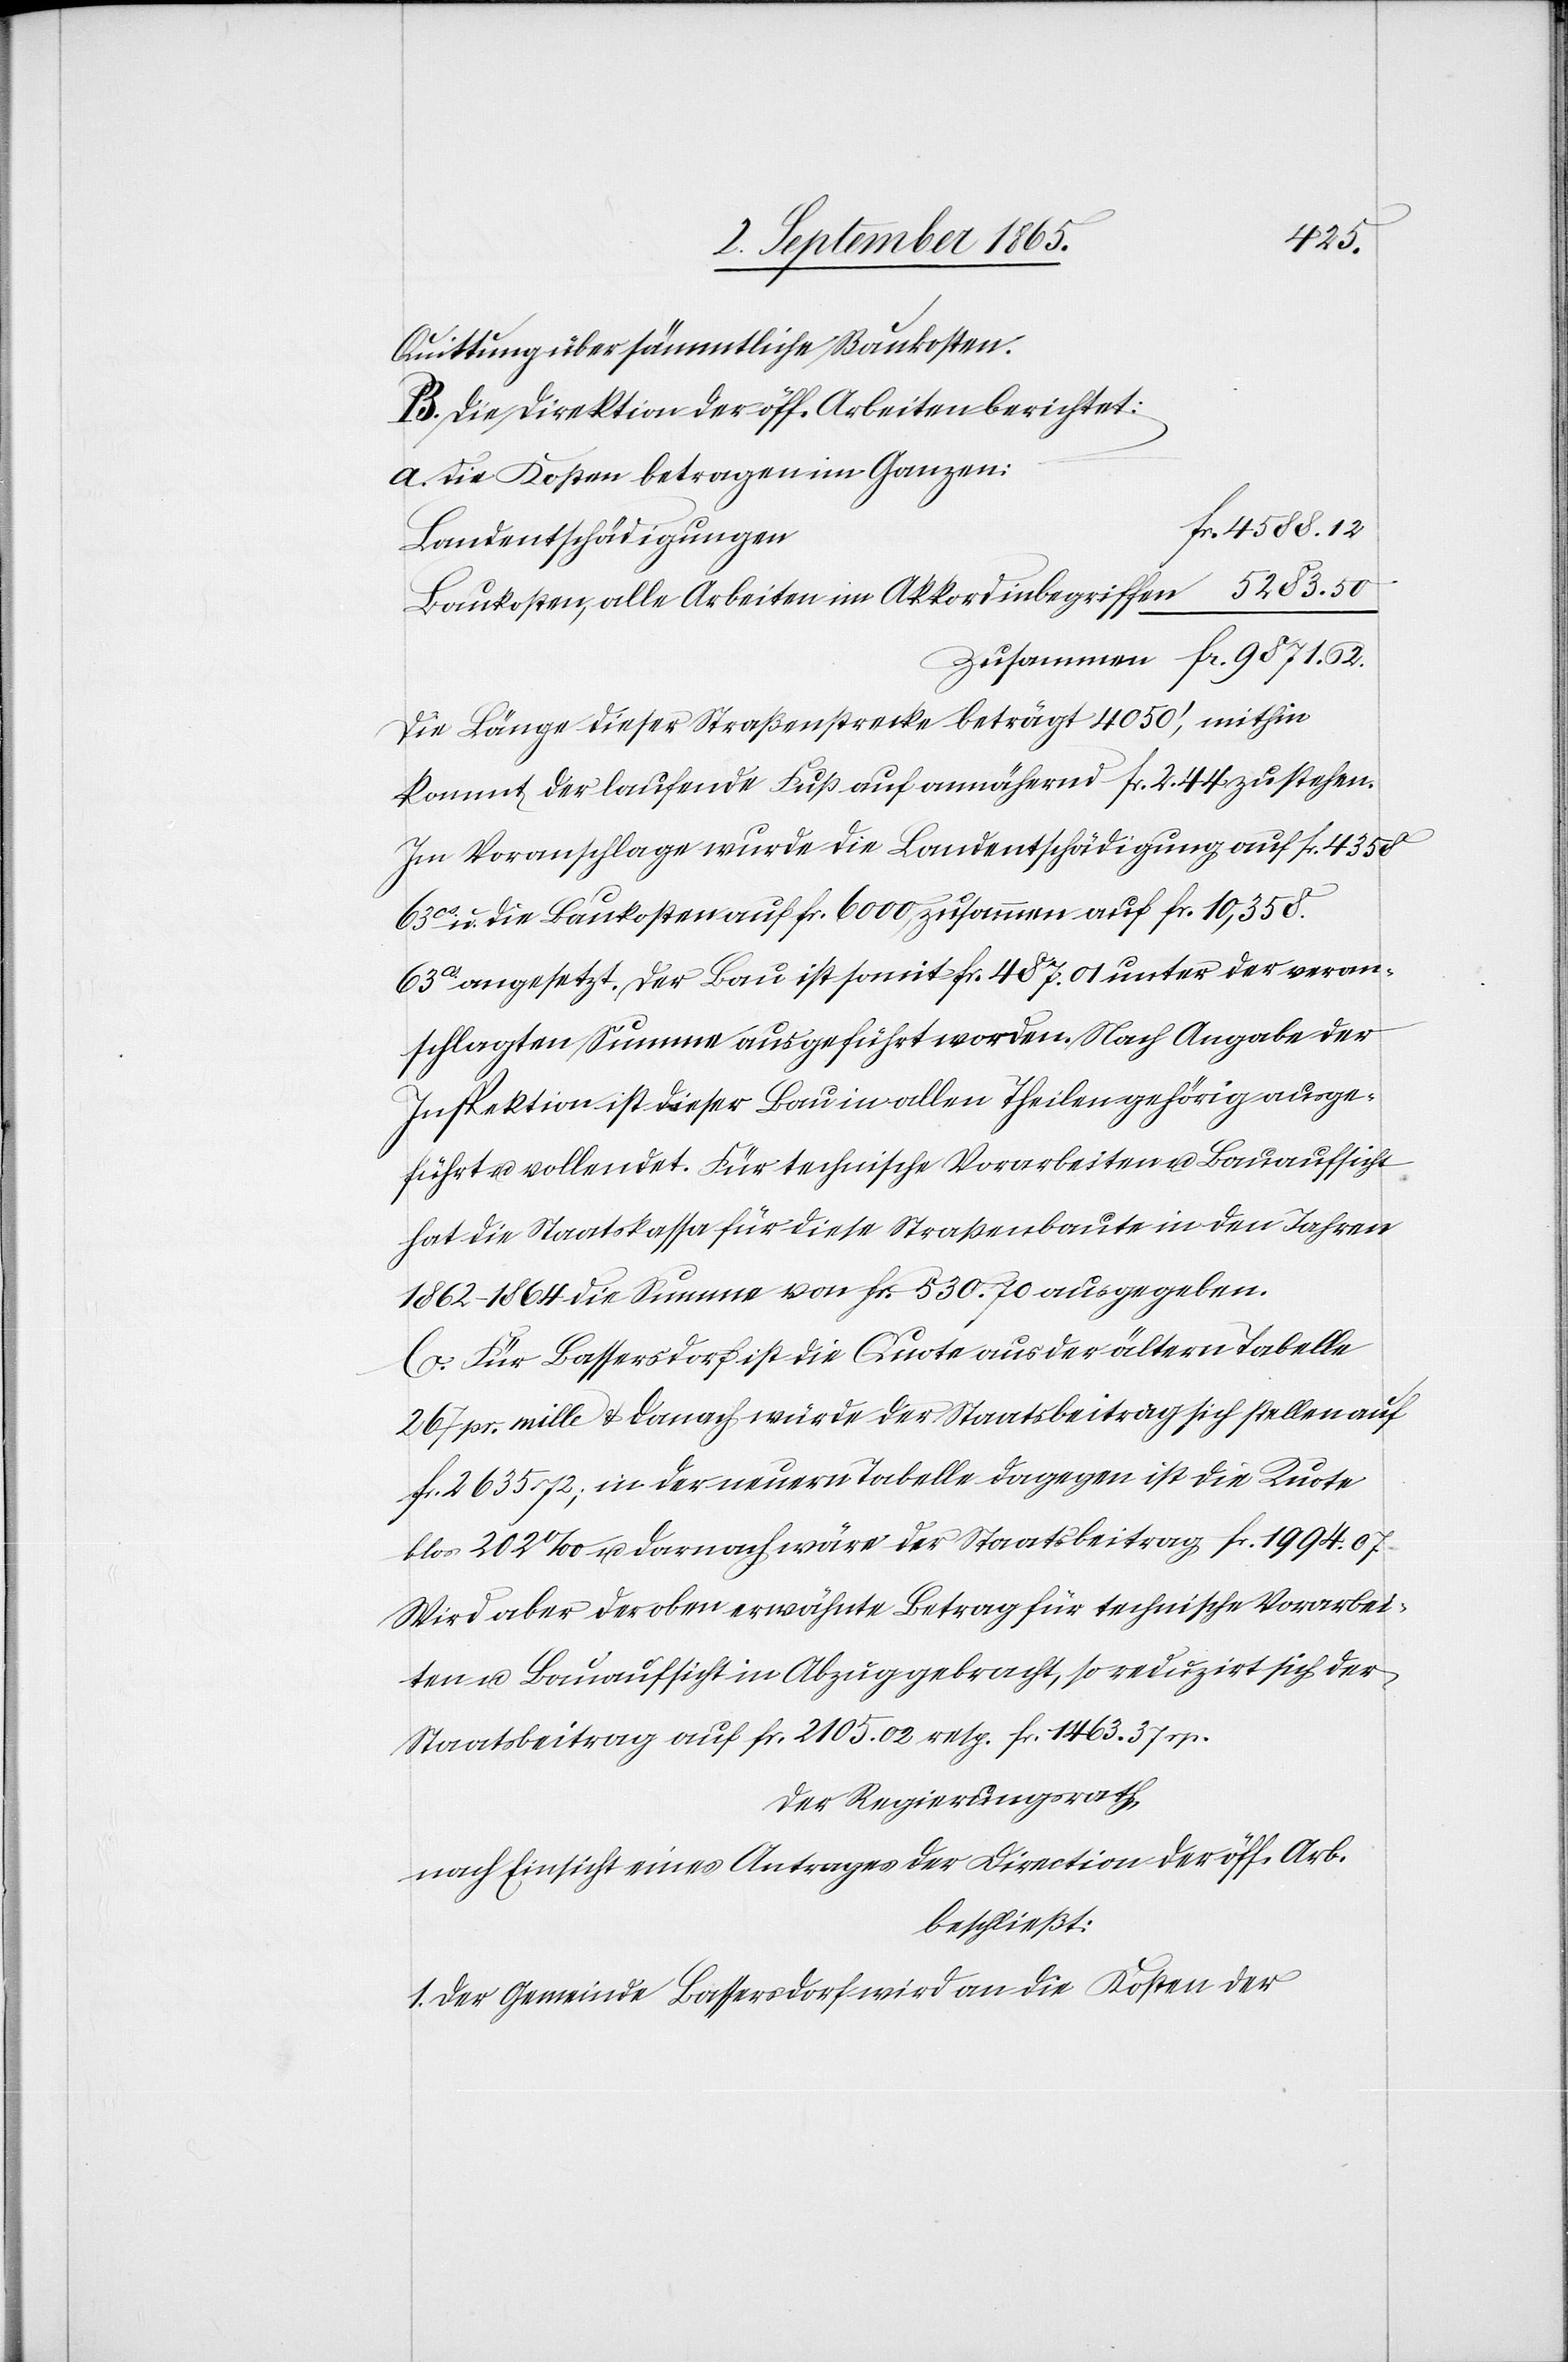
62.
Quittung über sämmtliche Baukosten.
B. Die Direktion der öff. Arbeiten berichtet:
a. Die Kosten betragen im Ganzen:
Baukosten, alle Arbeiten im Akkord inbegriffen			5283. 50
Die Länge dieser Straßenstrecke beträgt 4050’, mithin
kommt der laufende Fuß auf annähernd fr. 2. 44 zu stehen.
Im Voranschlag wurde die Landentschädigung auf fr. 4358
63 cs u. die Baukosten auf fr. 6000, zusammen auf fr. 10,358.
cs angesetzt. Der Bau ist somit fr. 487. 01 unter der veran¬
schlagten Summe ausgeführt worden. Nach Angabe der
Inspektion ist dieser Bau in allen Theilen gehörig ausge¬
führt u. vollendet. Für technische Vorarbeiten u. Bauaufsicht
hat die Staatskassa für diese Straßenbaute in den Jahren
1862–1864 die Summe von fr. 530. 70 ausgegeben.
C. Für Bassersdorf ist die Quote aus der ältern Tabelle
267 pr. mille u. danach würde der Staatsbeitrag sich stellen auf
fr. 2635. 72; in der neuern Tabelle dagegen ist die Quote
blos 202 ‰ u. darnach wäre der Staatsbeitrag fr. 1994. 07.
Wird aber der oben erwähnte Betrag für technische Vorarbei¬
ten u. Bauaufsicht in Abzug gebracht, so reduzirt sich der
Staatsbeitrag auf fr. 2105. 02 resp. fr. 1463. 37 rp.
Der Regierungsrath,
nach Einsicht eines Antrages der Direction der öff. Arb.
beschließt:
1. Der Gemeinde Bassersdorf wird an die Kosten der